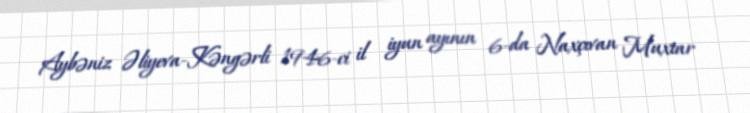
Aybəniz Əliyeva-Kəngərli 1946-ci il iyun ayının 6-da Naxçıvan Muxtar